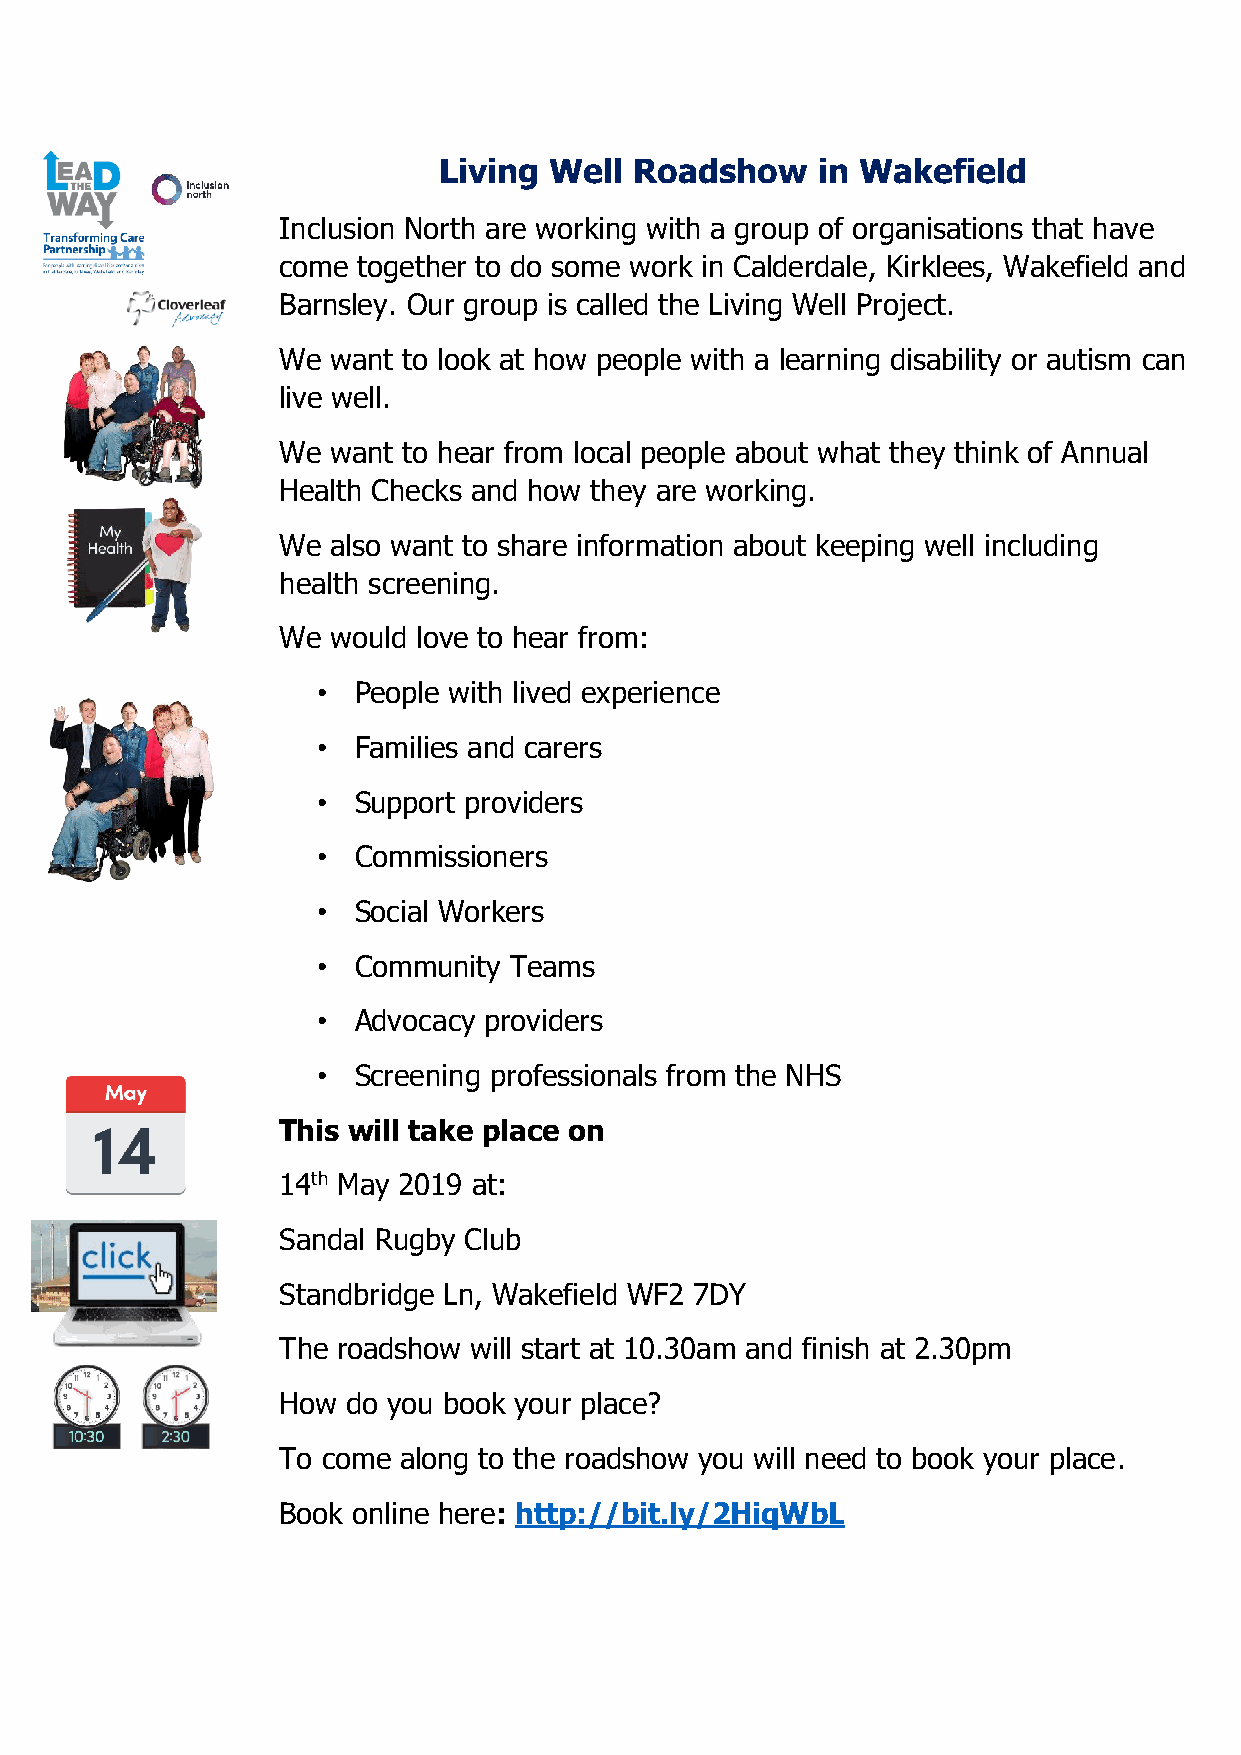
Living Well  Roadshow    in Wakefield
 Inclusion North are working with a group of organisations that have
 come  together to do some work in Calderdale, Kirklees, Wakefield and
 Barnsley. Our group is called the Living Well Project.
 We  want to look at how people with a learning disability or autism can
 live well.
 We  want to hear from local people about what they think of Annual
 Health Checks and how they are working.
 We  also want to share information about keeping well including
 health screening.
 We  would love to hear from:
 • People with lived experience
 • Families and carers
 • Support providers
 • Commissioners
 • Social Workers
 • Community  Teams
 • Advocacy providers
 • Screening professionals from the NHS
 This will take place on
 14th May 2019 at:
 Sandal Rugby Club
 Standbridge Ln, Wakefield WF2 7DY
 The roadshow will start at 10.30am and finish at 2.30pm
 How  do you book your place?
 To come along to the roadshow you will need to book your place.
 Book online here: http://bit.ly/2HiqWbL